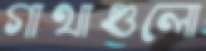
গাথাগুলো